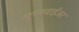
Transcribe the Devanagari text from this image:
सुपरवाईजर